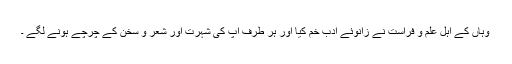
وہاں کے اہل علم و فراست نے زانوئے ادب خم کیا اور ہر طرف آپ کی شہرت اور شعر و سخن کے چرچے ہونے لگے ۔